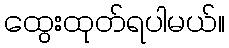
ထွေးထုတ်ရပါမယ်။